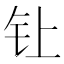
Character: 𰽙